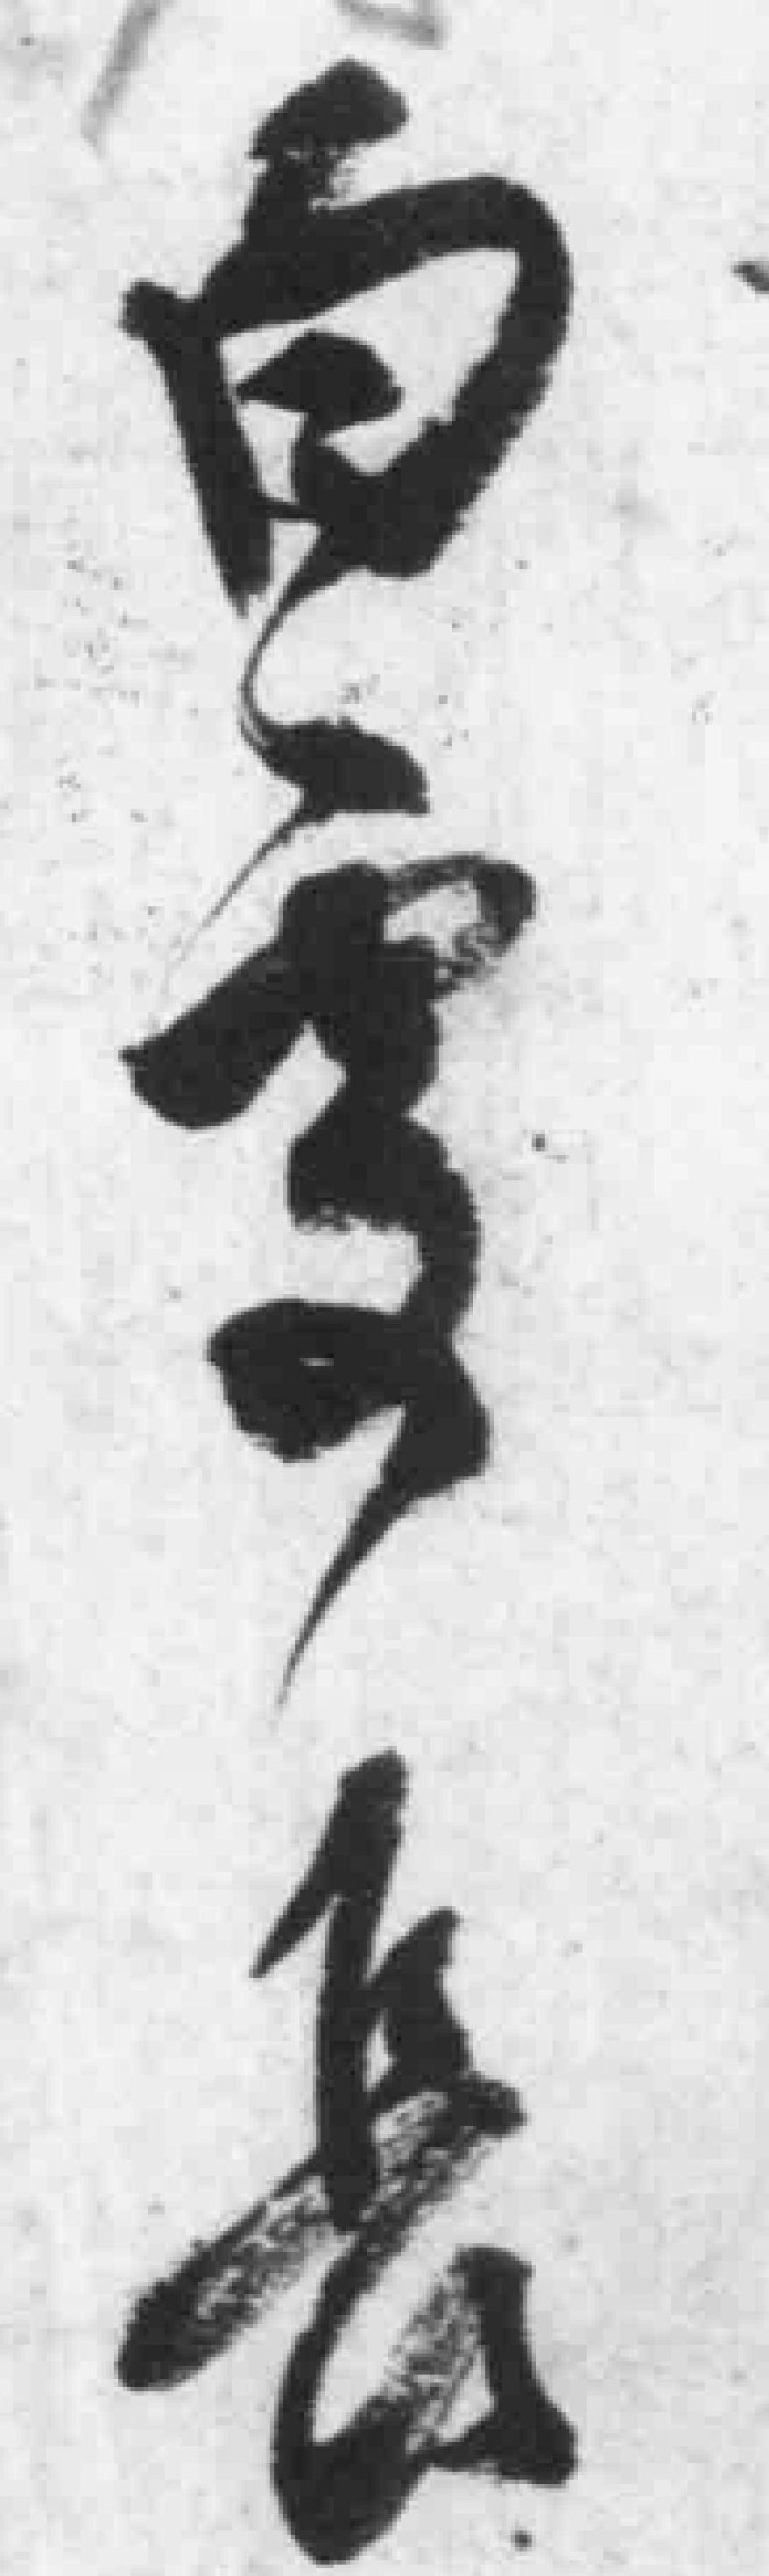
白雲長